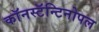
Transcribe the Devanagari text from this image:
काॅनस्टॅन्टिनोपल